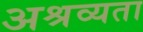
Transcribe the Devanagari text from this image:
अश्रव्यता